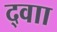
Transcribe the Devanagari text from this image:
द्वाा